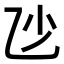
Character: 𠃣